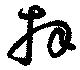
拜